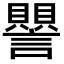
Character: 譻